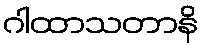
ဂါထာသတာနိ